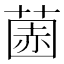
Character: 𫈽